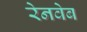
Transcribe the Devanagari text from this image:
रेनवेब